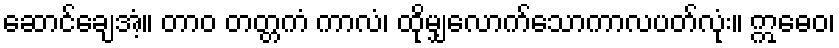
ဆောင်ချေအံ့။ တာဝ တတ္တကံ ကာလံ၊ ထိုမျှလောက်သောကာလပတ်လုံး။ ဣဓေဝ၊